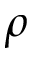
\rho